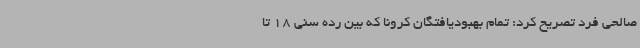
صالحی فرد تصریح کرد: تمام بهبودیافتگان کرونا که بین رده سنی 18 تا